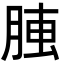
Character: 𦝏